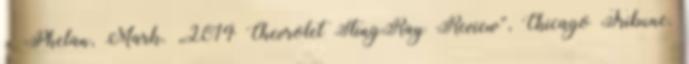
↑ Phelan, Mark. „2014 Chevrolet StingRay Review”, Chicago Tribune.